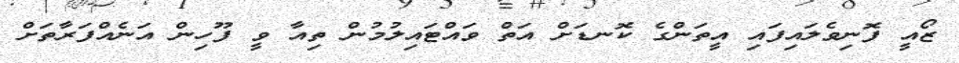
ޒޯއީ ފޮނިވެލައިފައި އީތަންގެ ކޮނޑަށް އަތް ވައްޓައިލުމުން ތިއާ ވީ ފޫހިން އަނެއްފަރާތަށް